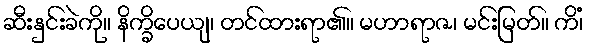
ဆီးနှင်းခဲကို။ နိက္ခိပေယျ၊ တင်ထားရာ၏။ မဟာရာဇ၊ မင်းမြတ်။ ကိံ၊